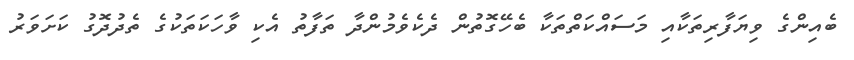
ބެއިންގެ ވިޔަފާރިތަކާއި މަސައްކަތްތަކާ ބެހޭގޮތުން ދެކެވެމުންދާ ތަފާތު އެކި ވާހަކަތަކުގެ ތެދުދޮގު ކަށަވަރު